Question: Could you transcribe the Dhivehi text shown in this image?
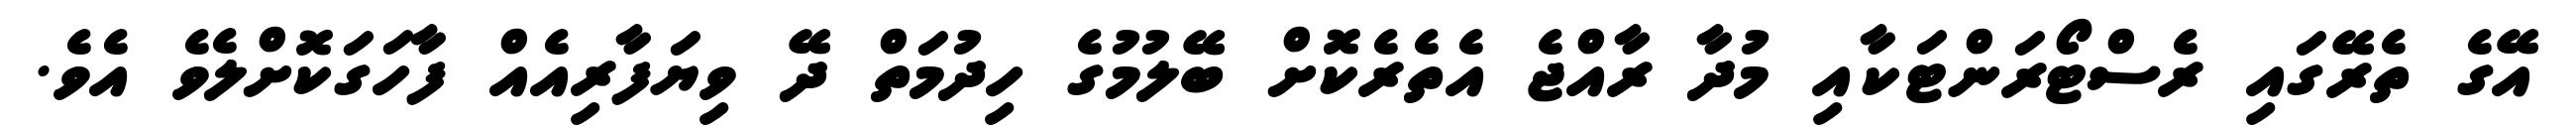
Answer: އޭގެ ތެރޭގައި ރެސްޓޯރަންޓަކާއި މުދާ ރާއްޖެ އެތެރެކޮށް ބޭލުމުގެ ހިދުމަތް ދޭ ވިޔަފާރިއެއް ފާހަގަކޮށްލެވެ އެވެ.